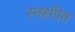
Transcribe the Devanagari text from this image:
स्तहपित